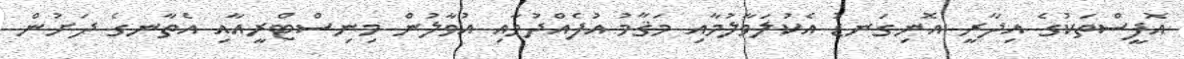
އޮފީސްތަކުގެ އިދާރީ އޮނިގަނޑު އެކުލަވާލުމާއި މަޤާމު އުފެއްދުމާއި އުވާލުން މިނިސްޓްރީއާއި އެތާނގެ ދަށުން